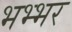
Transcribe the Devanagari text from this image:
भभ्भर